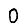
Digit: 0